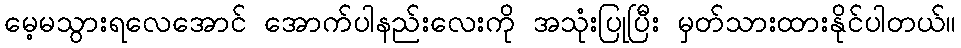
မေ့မသွားရလေအောင် အောက်ပါနည်းလေးကို အသုံးပြုပြီး မှတ်သားထားနိုင်ပါတယ်။